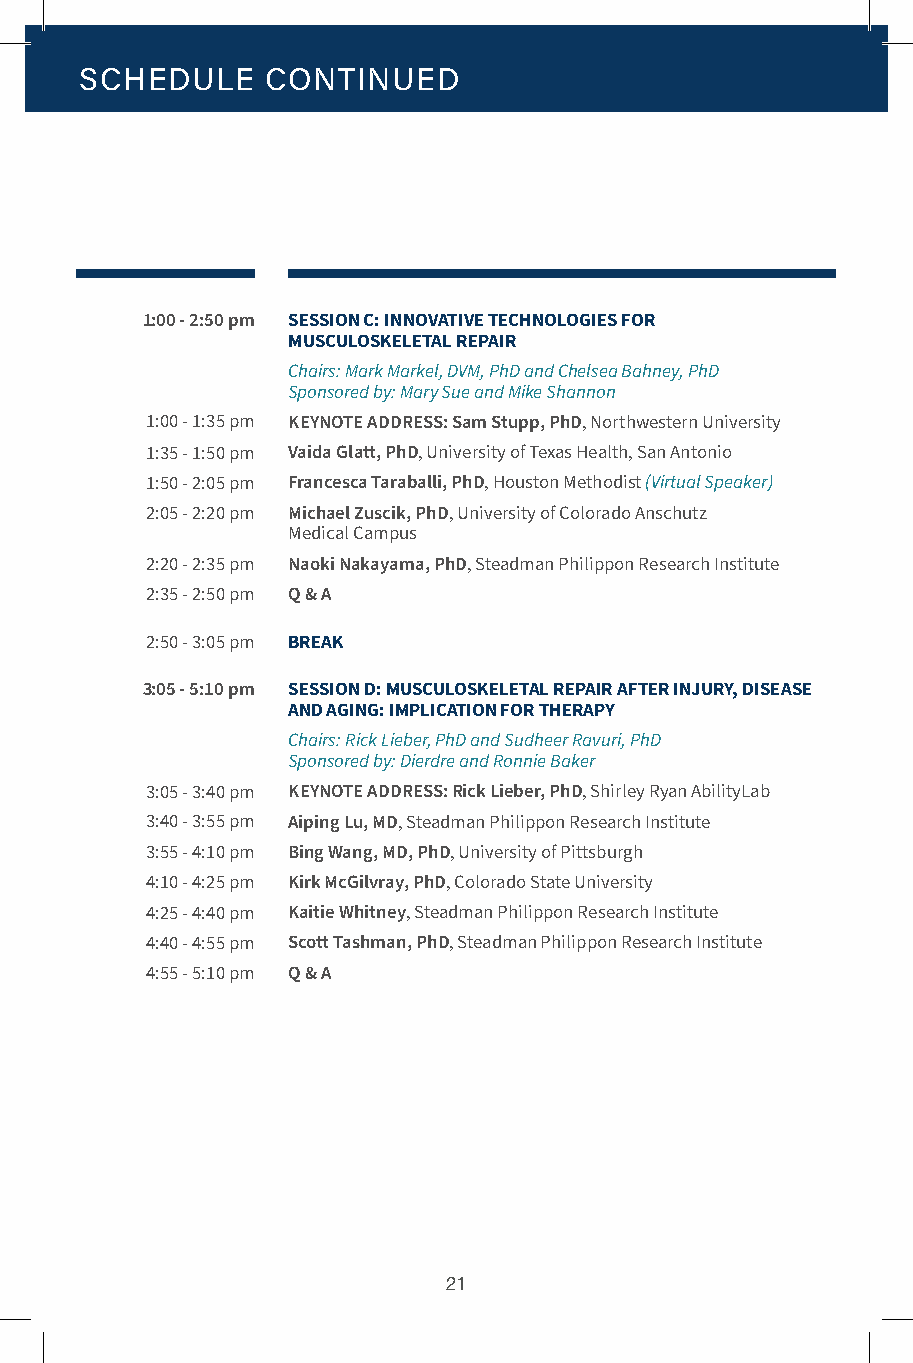
SCHEDULE     CONTINUED
 1:00 - 2:50 pm SESSION C: INNOVATIVE TECHNOLOGIES FOR
 MUSCULOSKELETAL REPAIR
 Chairs: Mark Markel, DVM, PhD and Chelsea Bahney, PhD
 Sponsored by: Mary Sue and Mike Shannon
 1:00 - 1:35 pm KEYNOTE ADDRESS: Sam Stupp, PhD, Northwestern University
 1:35 - 1:50 pm Vaida Glatt, PhD, University of Texas Health, San Antonio
 1:50 - 2:05 pm Francesca Taraballi, PhD, Houston Methodist (Virtual Speaker)
 2:05 - 2:20 pm Michael Zuscik, PhD, University of Colorado Anschutz
 Medical Campus
 2:20 - 2:35 pm Naoki Nakayama, PhD, Steadman Philippon Research Institute
 2:35 - 2:50 pm Q & A
 2:50 - 3:05 pm BREAK
 3:05 - 5:10 pm SESSION D: MUSCULOSKELETAL REPAIR AFTER INJURY, DISEASE
 AND AGING: IMPLICATION FOR THERAPY
 Chairs: Rick Lieber, PhD and Sudheer Ravuri, PhD
 Sponsored by: Dierdre and Ronnie Baker
 3:05 - 3:40 pm KEYNOTE ADDRESS: Rick Lieber, PhD, Shirley Ryan AbilityLab
 3:40 - 3:55 pm Aiping Lu, MD, Steadman Philippon Research Institute
 3:55 - 4:10 pm Bing Wang, MD, PhD, University of Pittsburgh
 4:10 - 4:25 pm Kirk McGilvray, PhD, Colorado State University
 4:25 - 4:40 pm Kaitie Whitney, Steadman Philippon Research Institute
 4:40 - 4:55 pm Scott Tashman, PhD, Steadman Philippon Research Institute
 4:55 - 5:10 pm Q & A
 21